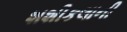
શશીકલાની